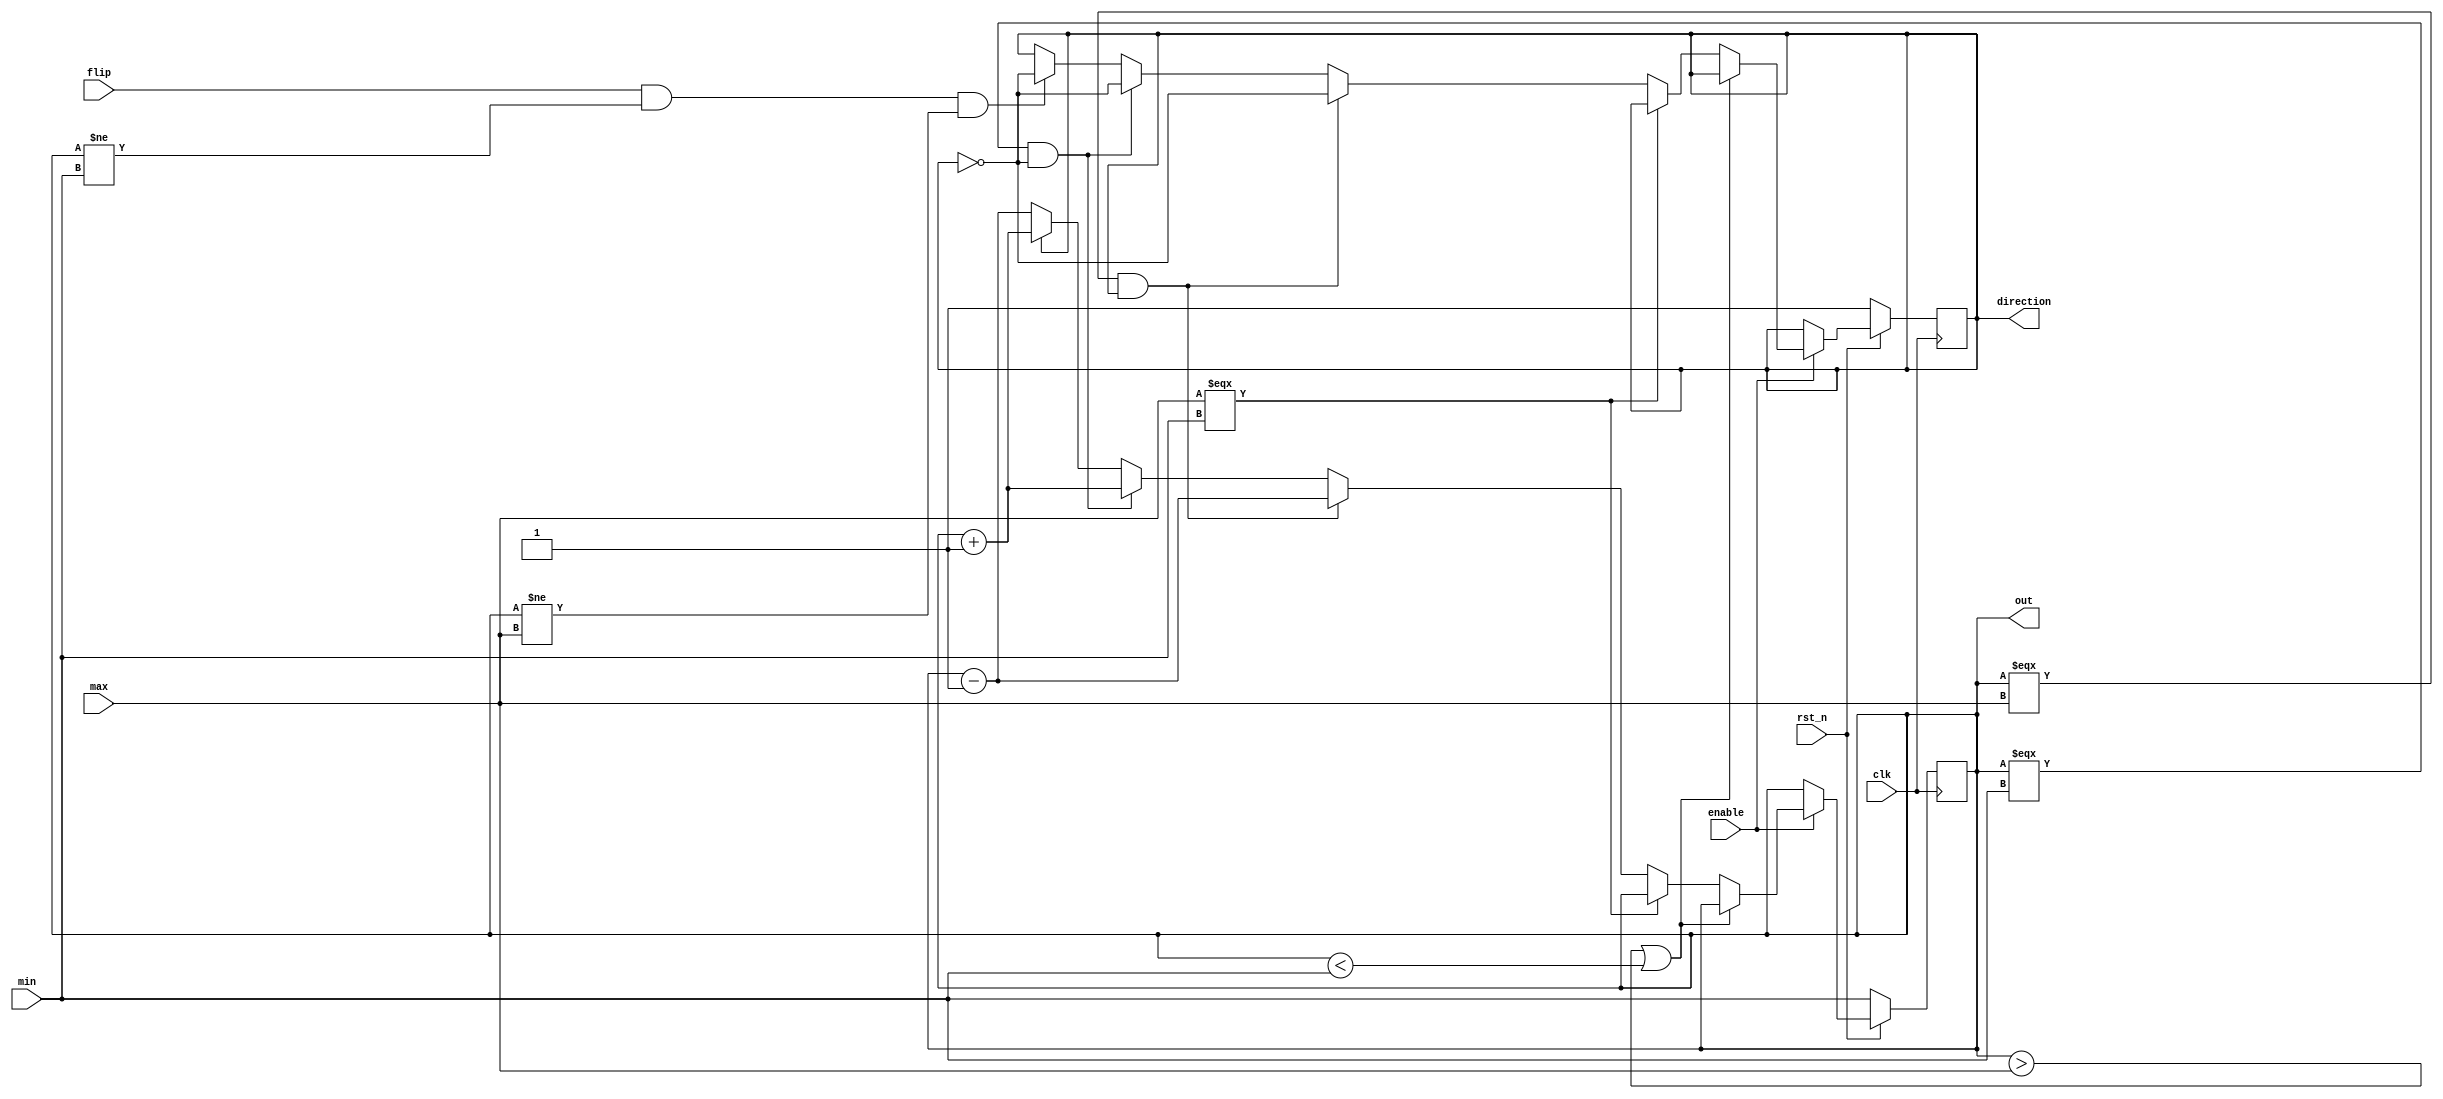
`timescale 1ns/1ps

module Parameterized_Ping_Pong_Counter (clk, rst_n, enable, flip, max, min, direction, out);
input clk, rst_n;
input enable;
input flip;
input [4-1:0] max;
input [4-1:0] min;
output direction;
output [4-1:0] out;

reg [4-1:0] out;
reg direction;

always @(posedge clk) begin
    if (~rst_n) begin
        out <= min;
        direction <= 1;
    end 
    else if (enable) begin
        if (out > max || out < min) begin

        end
        else if (max === min) begin
            
        end
        else if ((out === max) && (direction)) begin
            out <= out-1;
            direction <= ~direction;
        end
        else if ((out === min) && (~direction)) begin
            out <= out+1;
            direction <= ~direction;
        end 
        else begin
            if (flip && (out != min) && (out != max)) begin
                direction <= ~direction;
            end
            out <= ((direction) ? (out+1) : (out-1));
        end
    end
end

endmodule

module debounced(clk, pb, pb_debounced);

    input clk, pb;
    output pb_debounced;

    reg [3:0] DFF;

    always @(posedge clk) begin
        DFF[3:1] <= DFF[2:0];
        DFF[0] <= pb;
    end

    assign pb_debounced = ((DFF == 4'b1111) ? 1'b1 : 1'b0);

endmodule

module one_pulse(clk, pb_debounced, pb_one_pulse);

    input clk, pb_debounced;
    output pb_one_pulse;

    reg pb_one_pulse, pb_debounced_delay;

    always @(posedge clk) begin
        pb_one_pulse <= pb_debounced & (!pb_debounced_delay);
        pb_debounced_delay <= pb_debounced;
    end

endmodule

module clk_div #(parameter n = 24) (clk, div_clk);
    
    input clk;
    output div_clk;

    reg [n-1:0] cnt;
    wire[n-1:0] next_cnt;

    always @(posedge clk) begin
        cnt <= next_cnt;
    end

    assign next_cnt = cnt + 1;
    assign div_clk = cnt[n-1];

endmodule

module FPGA_IMPLEMENTATION(clk, pb, rst_n, sw, control, out);
    
    input clk;
    input pb;
    input rst_n;
    input [15:0] sw;
    output reg [4-1:0] control;
    output reg [8-1:0] out;

    reg [8-1:0] digit [10-1:0];
    reg [8-1:0] mem [4-1:0];
    reg [2-1:0] pos;
    reg reset = 0;

    wire pb_debounced, pb_one_pulse;
    wire rst_n_debounced, rst_n_one_pulse;
    wire div_clk;
    wire div_16_clk;
    wire flag;
    wire [4-1:0] dout;
    //wire nrst_n;

    //not (nrst_n, rst_n);

    debounced debounced0(clk, rst_n, rst_n_debounced);
    debounced debounced1(clk, pb, pb_debounced);

    one_pulse one_pulse0(clk, pb_debounced, pb_one_pulse);
    one_pulse one_pulse1(clk, rst_n_debounced, rst_n_one_pulse);

    clk_div first_clk(clk, div_clk);
    clk_div #(.n(16)) second_clk(.clk(clk), .div_clk(div_16_clk));

    always @(posedge rst_n_one_pulse) begin
        reset <= !reset;
    end

    Parameterized_Ping_Pong_Counter P0(
        .clk(div_clk),
        .rst_n(reset),
        .enable(sw[15]),
        .flip(pb_one_pulse),
        .max(sw[14:11]),
        .min(sw[10:7]),
        .direction(flag),
        .out(dout)
    );

    always @(posedge div_16_clk) begin
        pos <= pos+1;
        case (pos)
            2'b00: begin
                control <= 4'b1011;
                out <= mem[3];
            end
            2'b01: begin
                control <= 4'b1101;
                out <= mem[0];
            end
            2'b10: begin
                control <= 4'b1110;
                out <= mem[1];
            end
            2'b11: begin
                control <= 4'b0111;
                out <= mem[2];
            end
            default: begin
                control <= 4'b0000;
                out <= 8'b00000000;
            end
        endcase
    end

    always @(*) begin
        digit[0] <= 8'b00000011;
        digit[1] <= 8'b10011111;
        digit[2] <= 8'b00100101;
        digit[3] <= 8'b00001101;
        digit[4] <= 8'b10011001;
        digit[5] <= 8'b01001001;
        digit[6] <= 8'b01000001;
        digit[7] <= 8'b00011111;
        digit[8] <= 8'b00000001;
        digit[9] <= 8'b00001001;
        if (dout < 4'b1010) begin
            mem[3] <= digit[0];
            mem[2] <= digit[dout];
        end
        else begin
            mem[3] <= digit[1];
            mem[2] <= digit[dout-4'b1010];
        end
        mem[0] <= flag ? 8'b00111011 : 8'b11000111;
        mem[1] <= flag ? 8'b00111011 : 8'b11000111;
   end

endmodule